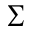
\textstyle \sum